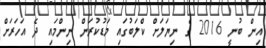
އިން ބުނީ 2016 ގެ ނިޔަލަށް ކްލަބުގައި މަޑުކުރަން ނިންމައި ދެ އަހަރަށް